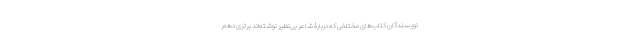
نویسندگان کتاب‌های مختلفی که دربارۀ شاعر بی‌نظیر نوشته‌اند برتری دهم